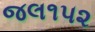
જલ૧૫૨